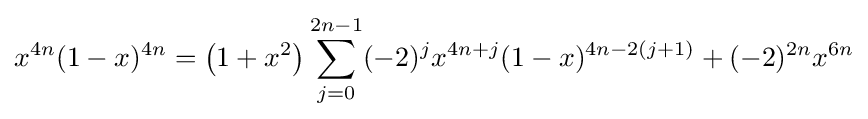
x^{4n}(1-x)^{4n}=\left(1+x^{2}\right)\sum _{j=0}^{2n-1}(-2)^{j}x^{4n+j}(1-x)^{4n-2(j+1)}+(-2)^{2n}x^{6n}